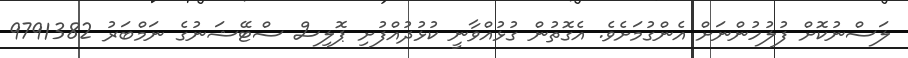
ލަސްނުކޮށް ފުލުހުންނަށް އެންގުމަށެވެ. އެގޮތުން ގުޅުއްވާނީ ކުޅުދުއްފުށި ޕޮލިސް ސްޓޭޝަނުގެ ނަމްބަރު 9791382